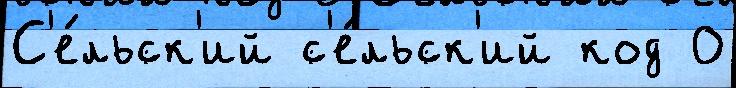
С'е́льск'ий с'е́льск'ий код 0